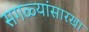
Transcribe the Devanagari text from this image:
सगळ्यांसारखा